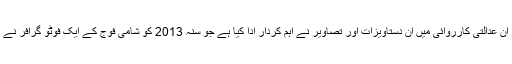
اسد رجیم کے مقربین کے خلاف مقدمات کے قیام اور ان عدالتی کارروائی میں ان دستاویزات اور تصاویر نے اہم کردار ادا کیا ہے جو سنہ 2013 کو شامی فوج کے ایک فوٹو گرافر نے بیرون ملک فرار کے دوران فرانس منتقل کردی تھیں۔